Leaving Certificate Examination, 1911
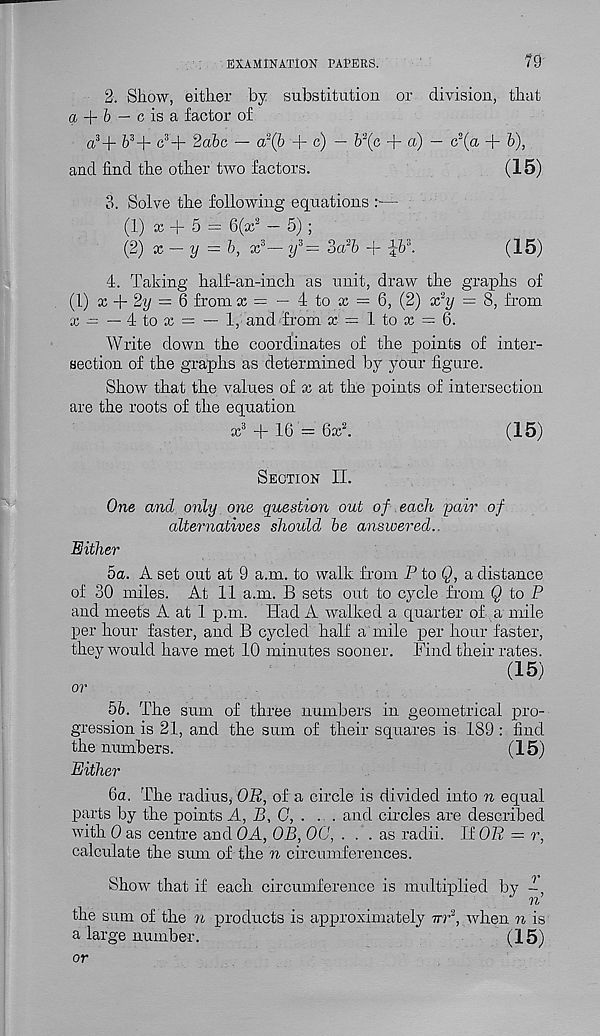
EXAMINATION PAPERS.
79
2. Show, either by substitution or division, that
a + & — c is a factor of
a 3j r b 3 -\- c 3 + 2abc — a 2 (b + c) — b' 2 (c + a) — c 2 (a + b),
and find the other two factors.
(15)
3. Solve the following equations r—
(1) x + 5 = 6(x 2 — 5) ;
(2) x — y = b, x d — y s = oa 2 b -f
(15)
4. Taking half-an-inch as unit, draw the graphs of
(1) x + 2y = 6 from x = — 4 to x = 6, (2) x 2 y = 8, from
x
— 4 to x = — 1, and from x = 1 to x = 6.
Write down the coordinates of the points of inter-
section of the graphs as determined by your figure.
Show that the values of x at the points of intersection
are the roots of the equation
x 3 + 16 = 6x 2 .
(15)
Section II.
One and only one question out of each pair of
alternatives should be answered..
Either
5a. A set out at 9 a.m. to walk from P to Q, a distance
of 30 miles. At 11 a.m. B sets out to cycle from Q to P
and meets A at 1 p.m. Had A walked a quarter of a mile
per hour faster, and B cycled half a mile per hour faster,
they would have met 10 minutes sooner. Find their rates.
(15)
or
5b. The sum of three numbers in geometrical pro-
gression is 21, and the sum of their squares is 189 : find
the numbers.
(15)
Either
6a. The radius,- OR, of a circle is divided into n equal
parts by the points A, B, 0, . ... and circles are described
with 0 as centre and OA, OB, OG, . . . as radii. If OR = r,
calculate the sum of the n circumferences.
Show that if each circumference is multiplied by -
n
the sum of the n products is approximately ttt 2 , when n is
a large number.
(15)
or